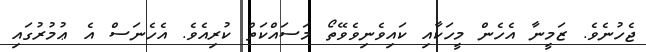
ޖެހުނެވެ. ޒަމީނާ އެހެން މީހަކާއި ކައިވެނިވެވޭތޯ މަސައްކަތް ކުރިއެވެ. އެހެނަސް އެ ޢުމުރުގައި